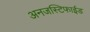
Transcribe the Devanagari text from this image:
अनजस्टिफाईड